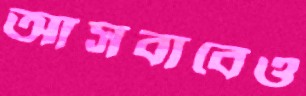
আসবাবেও